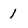
Character: l